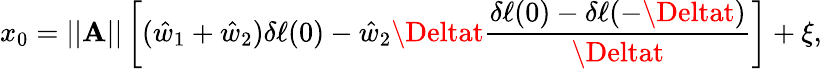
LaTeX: x_{0}=||\mathbf{A}||\left[(\hat{{w}}_{1}+\hat{{w}}_{2})\delta\ell(0)-\hat{{w}}_{2}\Deltat\frac{{\delta\ell(0)-\delta\ell(-\Deltat)}}{{\Deltat}}\right]+\xi,